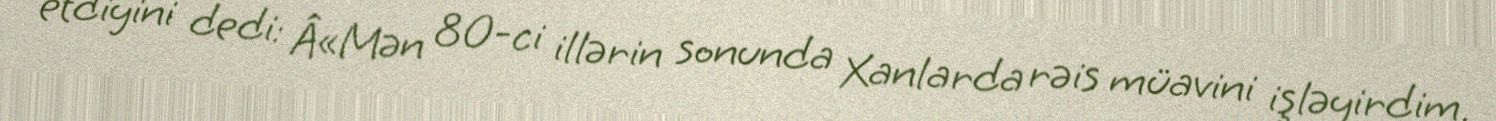
etdiyini dedi: Â«Mən 80-ci illərin sonunda Xanlarda rəis müavini işləyirdim.